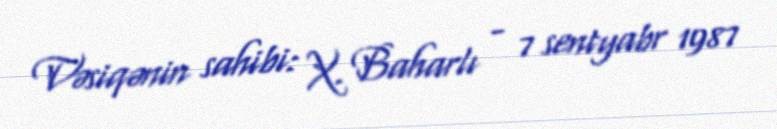
Vəsiqənin sahibi: X. Baharlı - 7 sentyabr 1987